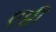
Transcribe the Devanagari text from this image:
एव्वी